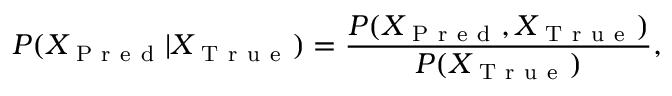
P ( X _ { \mathrm { ~ P ~ r ~ e ~ d ~ } } | X _ { \mathrm { ~ T ~ r ~ u ~ e ~ } } ) = \frac { P ( X _ { \mathrm { ~ P ~ r ~ e ~ d ~ } } , X _ { \mathrm { ~ T ~ r ~ u ~ e ~ } } ) } { P ( X _ { \mathrm { ~ T ~ r ~ u ~ e ~ } } ) } ,